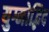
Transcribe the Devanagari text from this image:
युग्मोद्भिद